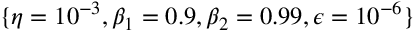
\{ \eta = 1 0 ^ { - 3 } , \beta _ { 1 } = 0 . 9 , \beta _ { 2 } = 0 . 9 9 , \epsilon = 1 0 ^ { - 6 } \}